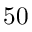
5 0